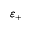
\varepsilon _ { + }